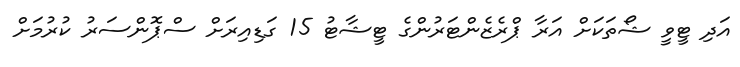
އަދި ޓީވީ ޝޯތަކަށް އަރާ ޕްރެޒެންޓަރުންގެ ޓީޝާޓު 15 ގަޑިއިރަށް ސްޕޮންސަރު ކުރުމަށް